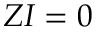
Z I = 0